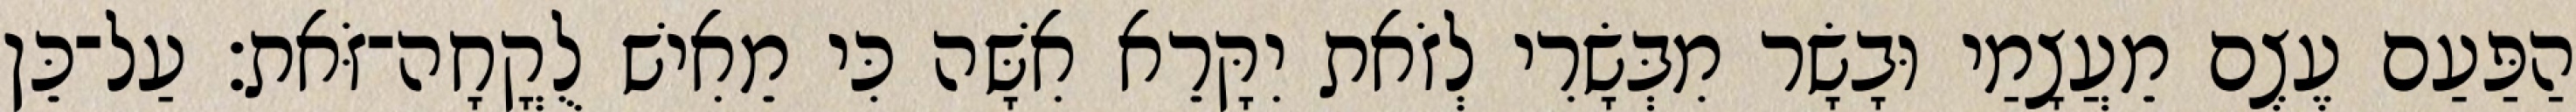
הַפַּעַם עֶצֶם מֵעֲצָמַי וּבָשָׂר מִבְּשָׂרִי לְזֹאת יִקָּרֵא אִשָּׁה כִּי מֵאִישׁ לֻקֳחָה־זֹּאת׃ עַל־כֵּן